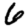
Digit: 6